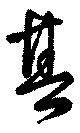
其